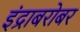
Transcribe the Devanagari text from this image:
इंद्राबरोबर